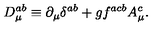
D _ { \mu } ^ { a b } \equiv \partial _ { \mu } \delta ^ { a b } + g f ^ { a c b } A _ { \mu } ^ { c } .